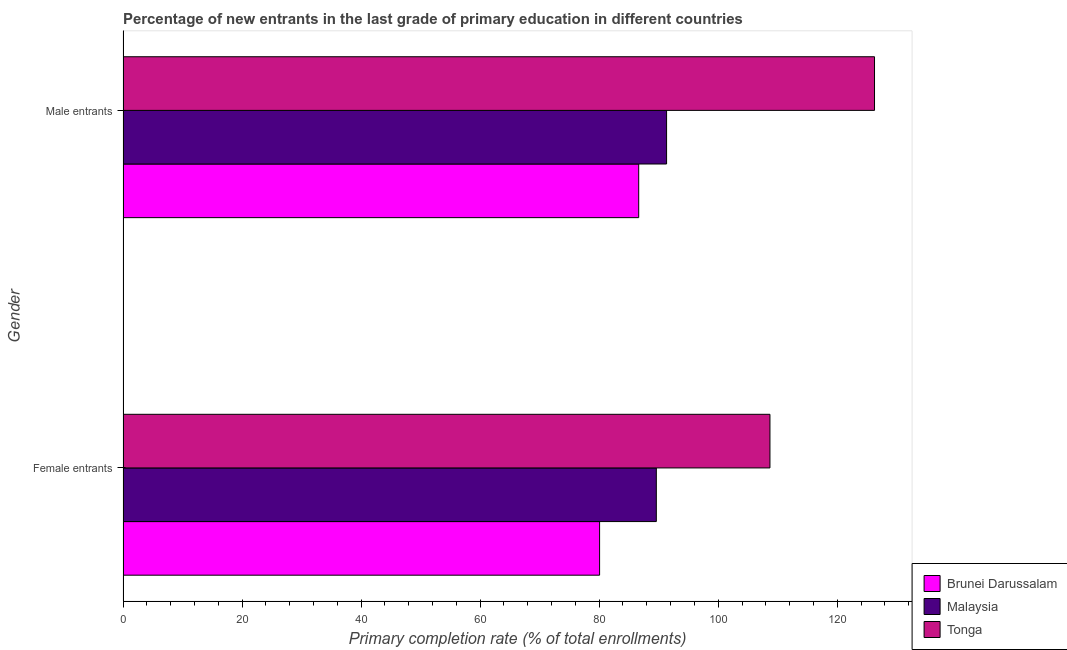
| Gender | Brunei Darussalam | Malaysia | Tonga |
 | --- | --- | --- | --- |
 | Female entrants | 80.1 | 89.6 | 109 |
 | Male entrants | 86.6 | 91.3 | 126 |